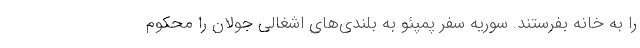
را به خانه بفرستند. سوریه سفر پمپئو به بلندی‌های اشغالی جولان را محکوم